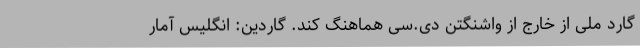
گارد ملی از خارج از واشنگتن دی.سی هماهنگ کند. گاردین: انگلیس آمار